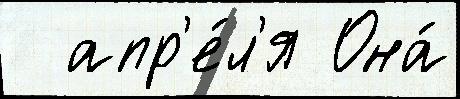
  апр'е́л'я Она́